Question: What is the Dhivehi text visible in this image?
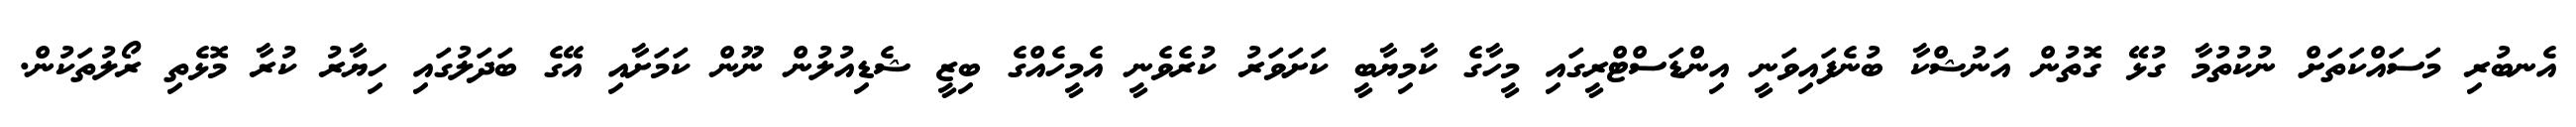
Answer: އެނބުރި މަސައްކަތަށް ނުކުތުމާ ގުޅޭ ގޮތުން އަނުޝްކާ ބުނެފައިވަނީ އިންޑަސްޓްރީގައި މީހާގެ ކާމިޔާބީ ކަށަވަރު ކުރެވެނީ އެމީހެއްގެ ބިޒީ ޝެޑިއުލުން ނޫން ކަމަށާއި އޭގެ ބަދަލުގައި ހިޔާރު ކުރާ މޮޅެތި ރޯލުތަކުން.